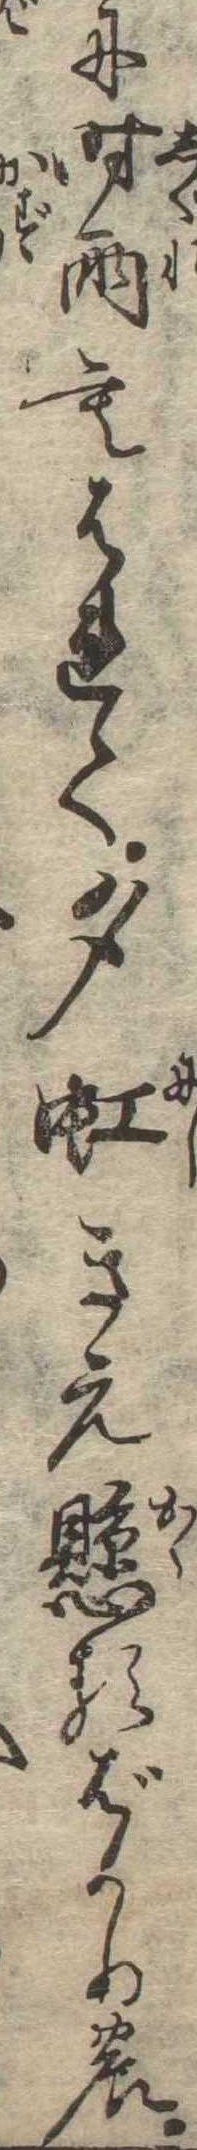
に時雨もはれて夕虹きえ懸るばかりの